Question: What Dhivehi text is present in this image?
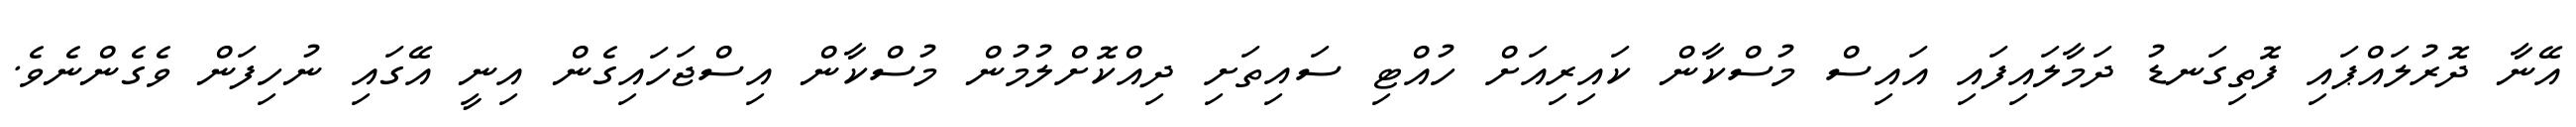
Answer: އޭނާ ދޮރުލައްޕައި ފޮތިގަނޑު ދަމާލައިފައި އައިސް މުސްކާން ކައިރިއަށް ހުއްޓި ސައިތަށި ދިއްކޮށްލުމުން މުސްކާން އިސްޖަހައިގެން އިނީ އޭގައި ނުހިފަން ވެގެންނެވެ.